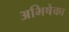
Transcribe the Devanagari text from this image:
अभिषेका